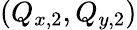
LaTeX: \left(Q_{x,2},Q_{y,2}\right)